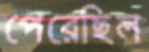
পেরেছিল